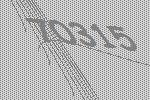
70315